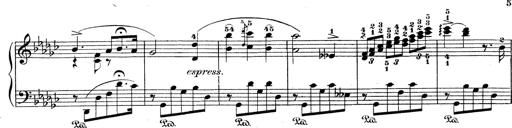
Title: 6 Polish Songs
Composer: Franz Liszt